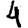
Digit: 4